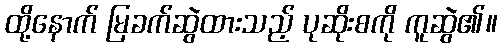
ထို့နောက် မြခက်ဆွဲထားသည့် ပုဆိုးစကို ကူဆွဲ၏။